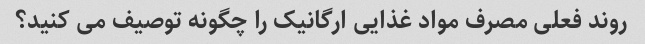
روند فعلی مصرف مواد غذایی ارگانیک را چگونه توصیف می کنید؟